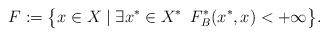
LaTeX: \begin{align*}F&:=\big\{x\in X\mid \exists x^*\in X^*\,\,\, F^*_B(x^*,x)<+\infty\big\}.\end{align*}